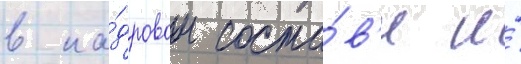
в ка́дровом соста́в'е и́